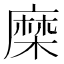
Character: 𮮈